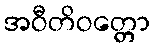
အဝီတိဝတ္တော